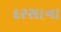
દરસાના